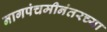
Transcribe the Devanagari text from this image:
नागपंचमीनंतरच्या